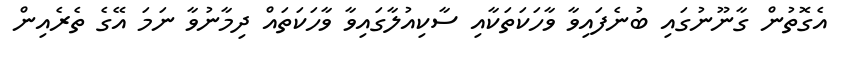
އެގޮތުން ގާނޫނުގައި ބުނެފައިވާ ވާހަކަތަކާއި ސާކިއުލާގައިވާ ވާހަކަތައް ދިމާނުވާ ނަމަ އޭގެ ތެރެއިން